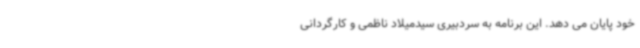
خود پایان می دهد. این برنامه به سردبیری سیدمیلاد ناظمی و کارگردانی